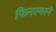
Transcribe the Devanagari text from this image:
फिनएयरने